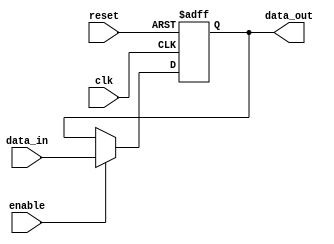
module io_buffer (
    input wire clk,
    input wire [7:0] data_in,
    output wire [7:0] data_out,
    input wire enable,
    input wire reset
);

// Declare internal signals
reg [7:0] buffer;

// Synchronous data transfer
always @(posedge clk or posedge reset) begin
    if (reset) begin
        buffer <= 8'h00;
    end else if (enable) begin
        buffer <= data_in;
    end
end

// Assign data_out based on buffer value
assign data_out = buffer;

endmodule